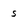
Character: s